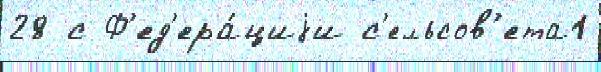
28 с Ф'ед'ера́циjи с'ельсов'ета1